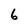
Character: 6